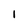
Character: I